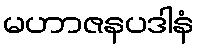
မဟာဇနပဒါနံ